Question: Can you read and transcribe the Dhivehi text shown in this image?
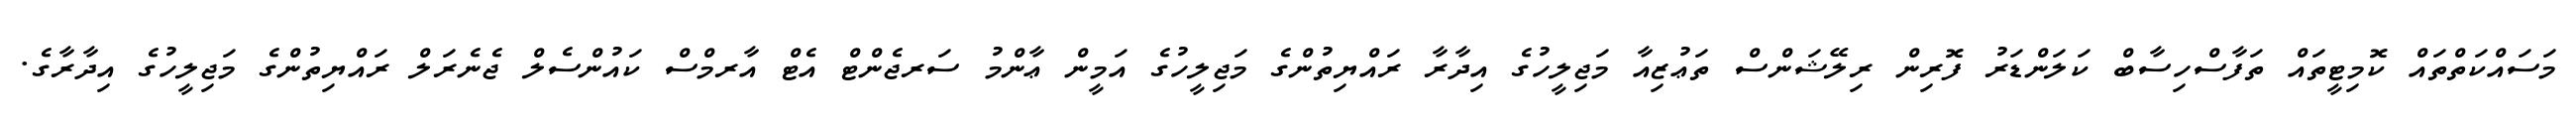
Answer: މަސައްކަތްތައް ކޮމިޓީތައް ތަފާސްހިސާބް ކަލަންޑަރު ފޮރިން ރިލޭޝަންސް ތަޢުޒިއާ މަޖިލީހުގެ އިދާރާ ރައްޔިތުންގެ މަޖިލީހުގެ އަމީން ޢާންމު ސަރޖެންޓް އެޓް އާރމްސް ކައުންސެލް ޖެނެރަލް ރައްޔިތުންގެ މަޖިލީހުގެ އިދާރާގެ.